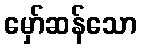
မှော်ဆန်သော